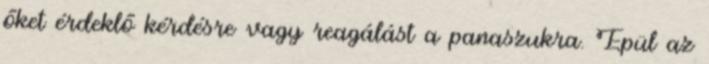
őket érdeklő kérdésre vagy reagálást a panaszukra. Épül az